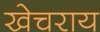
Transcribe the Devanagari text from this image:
खेचराय